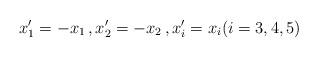
LaTeX: \begin{align*}x_1^\prime = -x_1 \, , x_2^\prime = -x_2 \, , x_i^\prime = x_i (i=3,4,5) \end{align*}